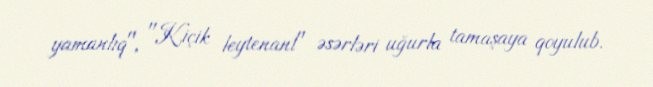
yamanlıq", "Kiçik leytenant" əsərləri uğurla tamaşaya qoyulub.